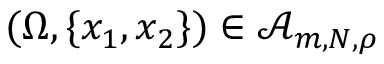
( \Omega , \{ x _ { 1 } , x _ { 2 } \} ) \in \mathcal A _ { m , N , \rho }